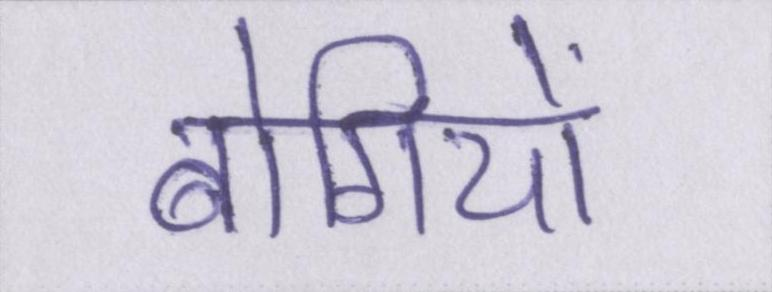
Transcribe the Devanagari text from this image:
बोगियों